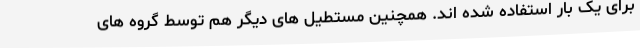
برای یک بار استفاده شده اند. همچنین مستطیل های دیگر هم توسط گروه های